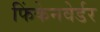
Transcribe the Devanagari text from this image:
फिंकेनवेर्डर